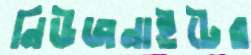
নিউজনাইটের